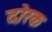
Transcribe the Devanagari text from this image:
दोरक